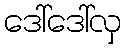
ဒေါ်ဒေါ်လှ